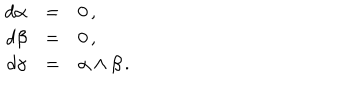
\begin{array} { r c l } { { d \alpha } } & { { = } } & { { 0 \, , } } \\ { { d \beta } } & { { = } } & { { 0 \, , } } \\ { { d \gamma } } & { { = } } & { { \alpha \wedge \beta \, . } } \\ \end{array}